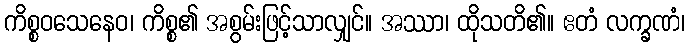
ကိစ္စဝသေနေဝ၊ ကိစ္စ၏ အစွမ်းဖြင့်သာလျှင်။ အဿာ၊ ထိုသတိ၏။ ဧတံ လက္ခဏံ၊